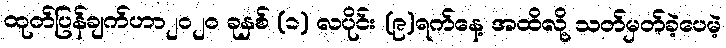
ထုတ်ပြန်ချက်ဟာ၂၀၂၀ ခုနှစ် (၁) လပိုင်း (၉)ရက်နေ့ အထိလို့ သတ်မှတ်ခဲ့ပေမဲ့